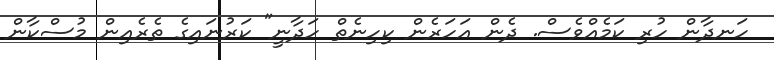
ހަނދާން ހުރި ކަމެއްވެސް. ދެން އަހަރެން ކިހިނެތް ހަދާނީ" ކަރުނައިގެ ތެރެއިން މުސްކާން